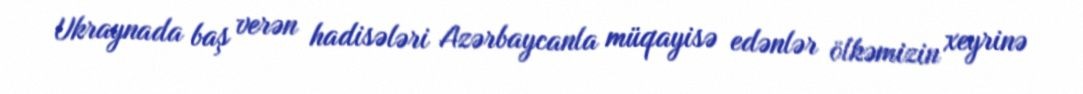
Ukraynada baş verən hadisələri Azərbaycanla müqayisə edənlər ölkəmizin xeyrinə